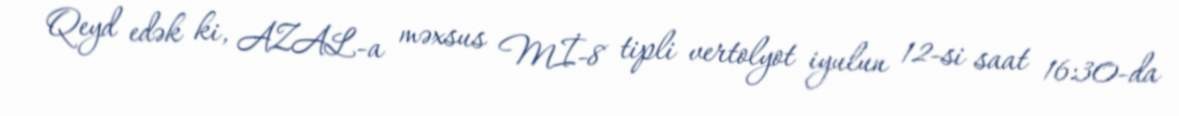
Qeyd edək ki, AZAL-a məxsus Mİ-8 tipli vertolyot iyulun 12-si saat 16:30-da